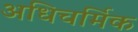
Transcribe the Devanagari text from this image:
अधिचर्मिक